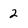
Character: 2